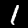
Digit: 1